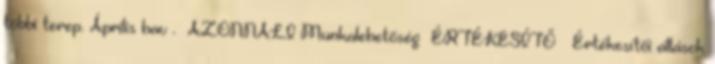
többi terep. Április hav . AZONNALI Munkalehetőség ÉRTÉKESÍTŐ Értékesítői állások